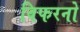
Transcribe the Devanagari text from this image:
विफरनो